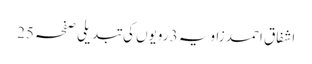
اشفاق احمد زاویہ 3 رویوں کی تبدیلی صفحہ 25